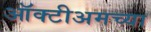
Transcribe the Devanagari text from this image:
ऑक्टीअमच्या